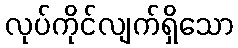
လုပ်ကိုင်လျက်ရှိသော